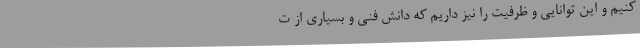
کنیم و این توانایی و ظرفیت را نیز داریم که دانش فنی و بسیاری از ت